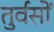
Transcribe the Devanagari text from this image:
तुर्वसों